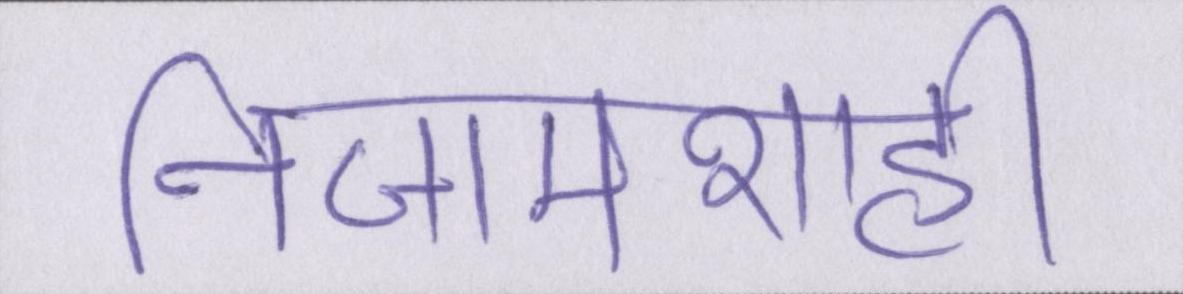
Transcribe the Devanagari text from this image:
निजामशाही